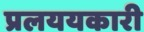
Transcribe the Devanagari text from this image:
प्रलययकारी